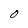
Character: O